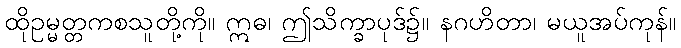
ထိုဥမ္မတ္တကစသူတို့ကို။ ဣဓ၊ ဤသိက္ခာပုဒ်၌။ နဂဟိတာ၊ မယူအပ်ကုန်။